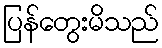
ပြန်တွေးမိသည်